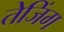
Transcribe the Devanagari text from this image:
तेजिंग